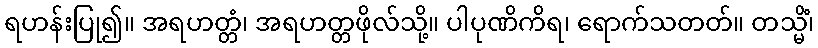
ရဟန်းပြု၍။ အရဟတ္တံ၊ အရဟတ္တဖိုလ်သို့။ ပါပုဏိကိရ၊ ရောက်သတတ်။ တသ္မိံ၊